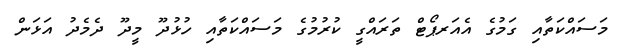
މަސައްކަތާއި ގަމުގެ އެއަރޕޯޓް ތަރައްގީ ކުރުމުގެ މަސައްކަތާއި ހުޅުދޫ މީދޫ ދެމެދު އަޅަން